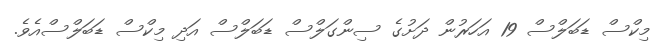
މިކްސް ޑަބަލްސް 19 އަހަރުން ދަށުގެ ސިންގަލްސް ޑަބަލްސް އަދި މިކްސް ޑަބަލްސްއެވެ.